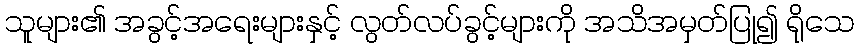
သူများ၏ အခွင့်အရေးများနှင့် လွတ်လပ်ခွင့်များကို အသိအမှတ်ပြု၍ ရိုသေ